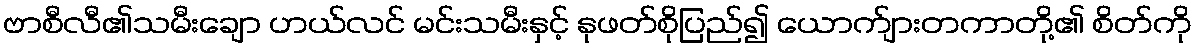
ဗာစီလီ၏သမီးချော ဟယ်လင် မင်းသမီးနှင့် နုဖတ်စိုပြည်၍ ယောက်ျားတကာတို့၏ စိတ်ကို